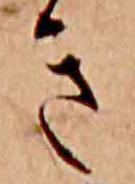
き